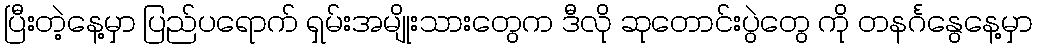
ပြီးတဲ့နေ့မှာ ပြည်ပရောက် ရှမ်းအမျိုးသားတွေက ဒီလို ဆုတောင်းပွဲတွေ ကို တနင်္ဂနွေနေ့မှာ